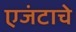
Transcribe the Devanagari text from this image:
एजंटाचे